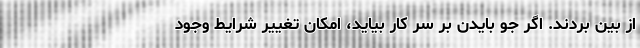
از بین بردند. اگر جو بایدن بر سر کار بیاید، امکان تغییر شرایط وجود